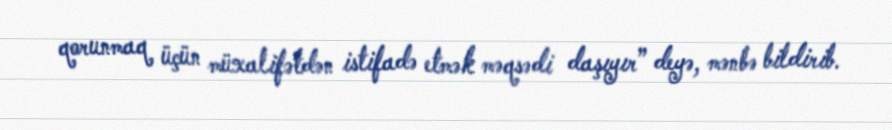
qorunmaq üçün müxalifətdən istifadə etmək məqsədi daşıyır” deyə, mənbə bildirib.